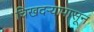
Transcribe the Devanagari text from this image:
चिखदऱ्यापासून